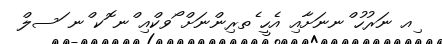
ިއ ނަރުހު ްނނަށާއި އެހީ ެތރިންނަށް ޯވކްއި ްނ ޮކ ްނ ަސލް